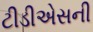
ટીડીએસની